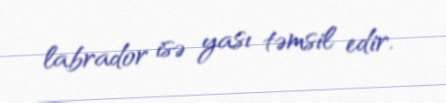
labrador isə yası təmsil edir.